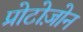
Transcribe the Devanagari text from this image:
प्रोटोज़ोन